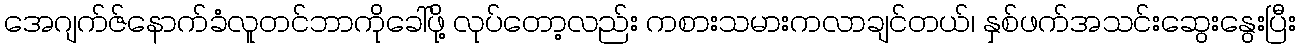
အေဂျက်ဇ်နောက်ခံလူတင်ဘာကိုခေါ်ဖို့ လုပ်တော့လည်း ကစားသမားကလာချင်တယ်၊ နှစ်ဖက်အသင်းဆွေးနွေးပြီး